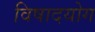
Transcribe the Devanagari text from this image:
विषादयोग